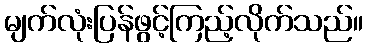
မျက်လုံးပြန်ဖွင့်ကြည့်လိုက်သည်။